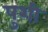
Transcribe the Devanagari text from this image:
पुशी